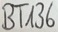
Text: BT136